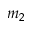
m _ { 2 }